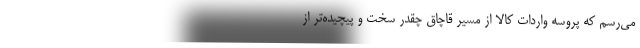
مي‌رسم كه پروسه واردات كالا از مسير قاچاق چقدر سخت و پيچيده‌تر از